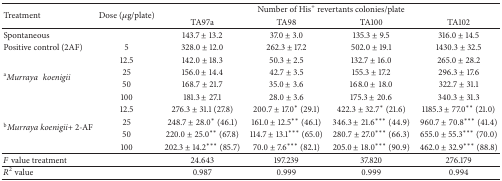
<table><thead><tr><td rowspan="2"><b>Treatment</b></td><td rowspan="2"><b>Dose (<i>μ</i>g/plate)</b></td><td colspan="4"><b>Number of His<sup>+</sup> revertants colonies/plate</b></td></tr><tr><td><b>TA97a</b></td><td><b>TA98</b></td><td><b>TA100</b></td><td><b>TA102</b></td></tr></thead><tbody><tr><td>Spontaneous</td><td> </td><td>143.7 ± 13.2</td><td>37.0 ± 3.0</td><td>135.3 ± 9.5</td><td>316.0 ± 14.5</td></tr><tr><td>Positive control (2AF)</td><td>5</td><td>328.0 ± 12.0</td><td>262.3 ± 17.2</td><td>502.0 ± 19.1</td><td>1430.3 ± 32.5</td></tr><tr><td rowspan="4"><sup>a</sup><i>Murraya </i><i>koenigii </i></td><td>12.5</td><td>142.0 ± 18.3</td><td>50.3 ± 2.5</td><td>132.7 ± 16.0</td><td>265.0 ± 28.2</td></tr><tr><td>25</td><td>156.0 ± 14.4</td><td>42.7 ± 3.5</td><td>155.3 ± 17.2</td><td>296.3 ± 17.6</td></tr><tr><td>50</td><td>168.7 ± 21.7</td><td>35.0 ± 3.6</td><td>168.0 ± 18.0</td><td>322.7 ± 31.1</td></tr><tr><td>100</td><td>181.3 ± 27.1</td><td>28.0 ± 3.6</td><td>175.3 ± 20.6</td><td>340.3 ± 31.3</td></tr><tr><td rowspan="4"><sup>b</sup><i>Murraya koenigii</i>+ 2-AF</td><td>12.5</td><td>276.3 ± 31.1 (27.8)</td><td>200.7 ± 17.0* (29.1)</td><td>422.3 ± 32.7* (21.6)</td><td>1185.3 ± 77.0** (21.0)</td></tr><tr><td>25</td><td>248.7 ± 28.0* (46.1)</td><td>161.0 ± 12.5** (46.1)</td><td>346.3 ± 21.6*** (44.9)</td><td>960.7 ± 70.8*** (41.4)</td></tr><tr><td>50</td><td>220.0 ± 25.0** (67.8)</td><td>114.7 ± 13.1*** (65.0)</td><td>280.7 ± 27.0*** (66.3)</td><td>655.0 ± 55.3*** (70.0)</td></tr><tr><td>100</td><td>202.3 ± 14.2*** (85.7)</td><td>70.0 ± 7.6*** (82.1)</td><td>205.0 ± 18.0*** (90.9)</td><td>462.0 ± 32.9*** (88.8)</td></tr><tr><td><i>F</i> value treatment</td><td> </td><td>24.643</td><td>197.239</td><td>37.820</td><td>276.179</td></tr><tr><td><i>R</i><sup>2</sup> value</td><td> </td><td>0.987</td><td>0.999</td><td>0.999</td><td>0.994</td></tr></tbody></table>